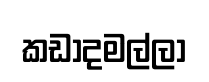
කඩාදමල්ලා